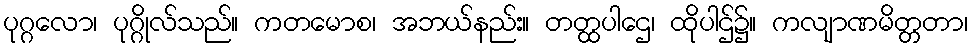
ပုဂ္ဂလော၊ ပုဂ္ဂိုလ်သည်။ ကတမောစ၊ အဘယ်နည်း။ တတ္ထပါဌေ၊ ထိုပါဌ်၌။ ကလျာဏမိတ္တတာ၊